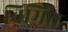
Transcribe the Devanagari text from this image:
विमित